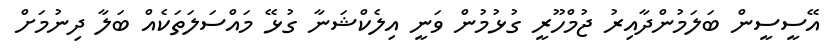
އޭސީސީން ބަލަމުންދާއިރު ޖުމްހޫރީ ގުޅުމުން ވަނީ އިލެކްޝަނާ ގުޅޭ މައްސަލަތަކެއް ބަލާ ދިނުމަށް